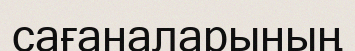
сағаналарының